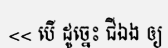
<< បើ ដូច្នេះ ជីឯង ឲ្យ